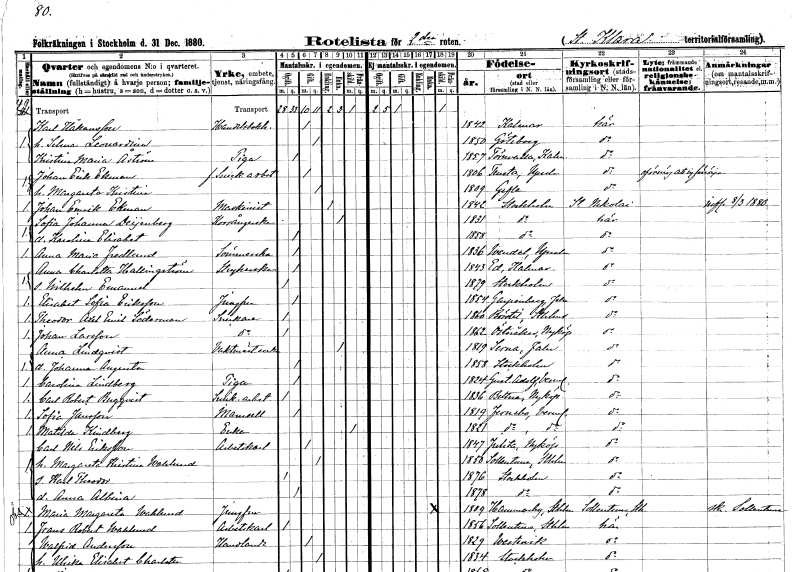
gt_parse: households: individuals: FN: Karl
EN: Håkansson
YRKE: Handelsbokhållare
KON: M
CIV: G
FODAR: 1842
FODFORS: Kalmar Kalmar län
FN: Selma Leonardina
KON: K
CIV: G
FODAR: 1850
FODFORS: Göteborg Göteborgs- och Bohuslän
FN: Kristina Maria
EN: Åström
YRKE: Piga
KON: K
CIV: O
FODAR: 1857
FODFORS: Törnsfall Kalmar län
FN: Johan Erik
EN: Ekman
YRKE: Snickeriarbetare f.d.
KON: M
CIV: G
FODAR: 1806
FODFORS: Tensta Uppsala län
FN: Margareta Kristina
KON: K
CIV: G
FODAR: 1809
FODFORS: Gävle Gävleborgs län
FN: Johan Emrik
EN: Ekman
YRKE: Maskinist
KON: M
CIV: E
FODAR: 1842
FODFORS: Stockholm
FN: Sofia Johanna
EN: Deijenberg
YRKE: Korsångerska
KON: K
CIV: E
FODAR: 1831
FODFORS: Stockholm
FN: Karolina Elisabet
KON: K
CIV: O
FODAR: 1858
FODFORS: Stockholm
FN: Anna Maria
EN: Fredlund
YRKE: Sömmerska
KON: K
CIV: O
FODAR: 1836
FODFORS: Vendel Uppsala län
FN: Anna Charlotta
EN: Hallingström
YRKE: Strykerska
KON: K
CIV: O
FODAR: 1843
FODFORS: Västra Ed Kalmar län
FN: Wilhelm Emanuel
KON: M
CIV: O
FODAR: 1879
FODFORS: Stockholm
FN: Elisabet Sofia
EN: Eriksson
YRKE: Jungfru
KON: K
CIV: O
FODAR: 1854
FODFORS: Garpenberg Kopparbergs län
FN: Theodor Axel Emil
EN: Söderman
YRKE: Snickare
KON: M
CIV: O
FODAR: 1860
FODFORS: Börstil Uppsala län
FN: Johan
EN: Larsson
YRKE: Snickare
KON: M
CIV: O
FODAR: 1862
FODFORS: Österåker Södermanlands län
FN: Anna
EN: Lindqvist
YRKE: Vaktmästareänka
KON: K
CIV: E
FODAR: 1819
FODFORS: Särna Kopparbergs län
FN: Johanna Augusta
KON: K
CIV: O
FODAR: 1858
FODFORS: Stockholm
FN: Carolina
EN: Lindberg
YRKE: Piga
KON: K
CIV: O
FODAR: 1824
FODFORS: Gustav Adolf Värmlands län
FN: Carl Robert
EN: Bergqvist
YRKE: Snickeriarbetare
KON: M
CIV: O
FODAR: 1836
FODFORS: Bettna Södermanlands län
FN: Sofia
EN: Jansson
KON: K
CIV: O
FODAR: 1819
FODFORS: Färnebo Värmlands län
FN: Matilda
EN: Kindberg
YRKE: Änka
KON: K
CIV: E
FODAR: 1821
FODFORS: Färnebo Värmlands län
FN: Carl Nils
EN: Eriksson
YRKE: Arbetskarl
KON: M
CIV: G
FODAR: 1847
FODFORS: Julita Södermanlands län
FN: Margareta Kristina
EN: Wahlund
KON: K
CIV: G
FODAR: 1850
FODFORS: Sollentuna Stockholms län
FN: Karl Theodor
KON: M
CIV: O
FODAR: 1876
FODFORS: Stockholm
FN: Anna Albina
KON: K
CIV: O
FODAR: 1878
FODFORS: Stockholm
FN: Maria Margareta
EN: Wahlund
YRKE: Jungfru
KON: K
CIV: E
FODAR: 1809
FODFORS: Hammarby Stockholms län
FN: Frans Robert
EN: Wahlund
YRKE: Arbetskarl
KON: M
CIV: O
FODAR: 1856
FODFORS: Sollentuna Stockholms län